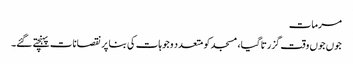
مرمات
جوں جوں وقت گزرتا گیا، مسجد کو متعدد وجوہات کی بنا پر نقصانات پہنچتے گئے۔